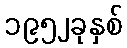
၁၉၅၂ခုနှစ်